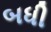
બધી